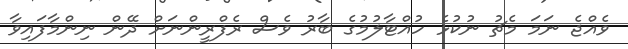
ވެއްޖެ ނަމަ މެޗު ނުކުޅެ ހުއްޓާލުމުގެ ބާރު ވެސް ރެފްރީންނަށް ދޭން ނިންމާފައިވާ